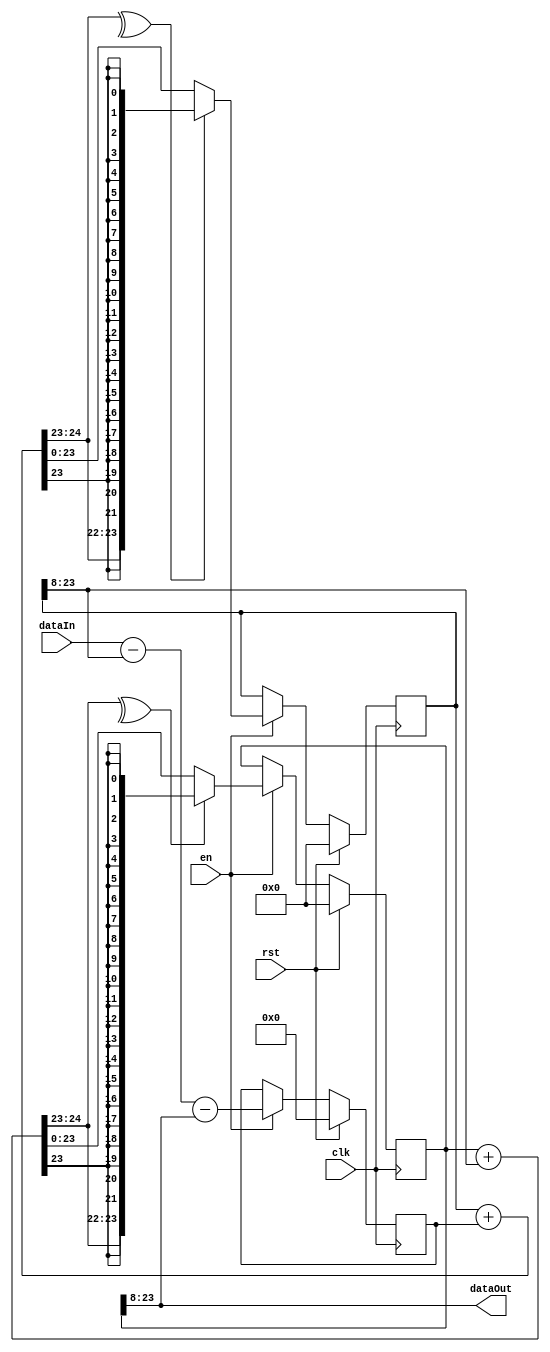
module SmallLpf2nd #(
    parameter K0_SHIFT = 8, ///< K0 filter term = 2^-K0_SHIFT
    parameter K1_SHIFT = 8, ///< K1 filter term = 2^-K1_SHIFT
    parameter WIDTH = 16,   ///< Width of data path
    parameter CLAMP = 1     ///< Set to 1 to clamp the accumulators
)
(
    input clk,                        ///< System clock
    input rst,                        ///< Reset, synchronous & active high
    input en,                         ///< Filter strobe
    input  signed [WIDTH-1:0] dataIn, ///< Filter input
    output signed [WIDTH-1:0] dataOut ///< Filter input
);

reg signed [WIDTH+K0_SHIFT-1:0] acc0;
reg signed [WIDTH+K1_SHIFT-1:0] acc1;
reg signed [WIDTH+1:0] forwardIn;

wire signed [WIDTH-1:0] acc0Out;
wire signed [WIDTH+K0_SHIFT:0] acc0In;
wire signed [WIDTH+K1_SHIFT:0] acc1In;

assign acc0In = acc0 + forwardIn;
assign acc1In = acc1 + acc0Out;

always @(posedge clk) begin
    if (rst) begin
        forwardIn <= 'd0;
        acc0      <= 'd0;
        acc1      <= 'd0;
    end
    else if (en) begin
        forwardIn <= dataIn - acc0Out - dataOut;
        if (CLAMP) begin
            acc0 <= (^acc0In[WIDTH+K0_SHIFT-:2])
                  ? {acc0In[WIDTH+K0_SHIFT], {(WIDTH+K0_SHIFT-1){acc0In[WIDTH+K0_SHIFT-1]}}}
                  : acc0In;
            acc1 <= (^acc1In[WIDTH+K1_SHIFT-:2])
                  ? {acc1In[WIDTH+K1_SHIFT], {(WIDTH+K1_SHIFT-1){acc1In[WIDTH+K1_SHIFT-1]}}}
                  : acc1In;
        end
        else begin
            acc0 <= acc0In;
            acc1 <= acc1In;
        end
    end
end

assign acc0Out = acc0 >>> K0_SHIFT;
assign dataOut = acc1 >>> K1_SHIFT;

// Test Code: Check to see if clamping ever occurs
/*
reg clamp0;
reg clamp1;
always @(posedge clk) begin
    if (rst) begin
        clamp0 <= 1'b0;
        clamp1 <= 1'b0;
    end
    else begin
        clamp0 <= clamp0 | (^acc0In[WIDTH+K0_SHIFT-:2]);
        clamp1 <= clamp1 | (^acc1In[WIDTH+K1_SHIFT-:2]);
    end
end
*/

endmodule